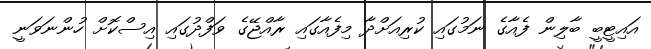
އަައިޓީބީ ބާލިން ފެއާގެ ނަމުގައި ކުރިއަށްދާ މިފެއާގައި ރާއްޖޭގެ ވަފްދުގައި އިސްކޮށް ހުންނަވަނީ